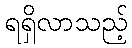
ရရှိလာသည့်